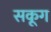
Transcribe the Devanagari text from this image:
सकूग